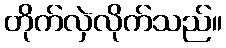
တိုက်လှဲလိုက်သည်။